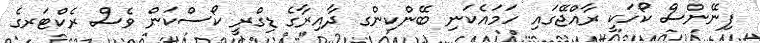
ފިނޭންސް ކޯހަކީ ރާއްޖޭގައި ހަމައެކަނި ބޭންކިންގ ދާއިރާގެ ޑިގްރީ ކޯސްކަން ވެސް ރެކްޓަރގެ